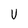
Character: U